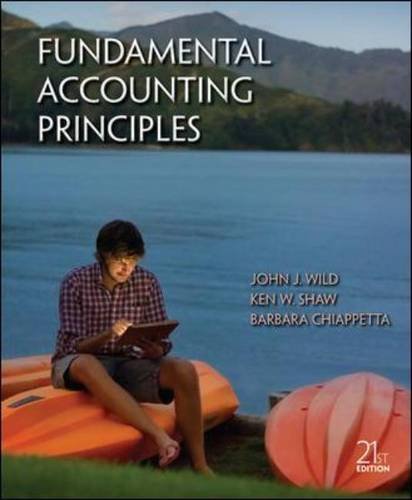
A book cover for Fundamental Accounting Principles; John Wild; Business & Money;